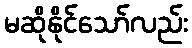
မဆိုနိုင်သော်လည်း